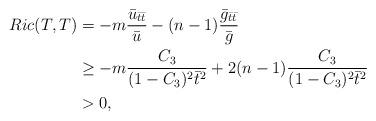
LaTeX: \begin{align*}Ric(T,T)&=-m\frac{\bar{u}_{\bar{t}\bar{t}}}{\bar{u}}-(n-1)\frac{\bar{g}_{\bar{t}\bar{t}}}{\bar{g}}\\ &\ge-m\frac{C_3}{(1-C_3)^2\bar{t}^2}+2(n-1)\frac{C_3}{(1-C_3)^2\bar{t}^2}\\ &>0,\end{align*}